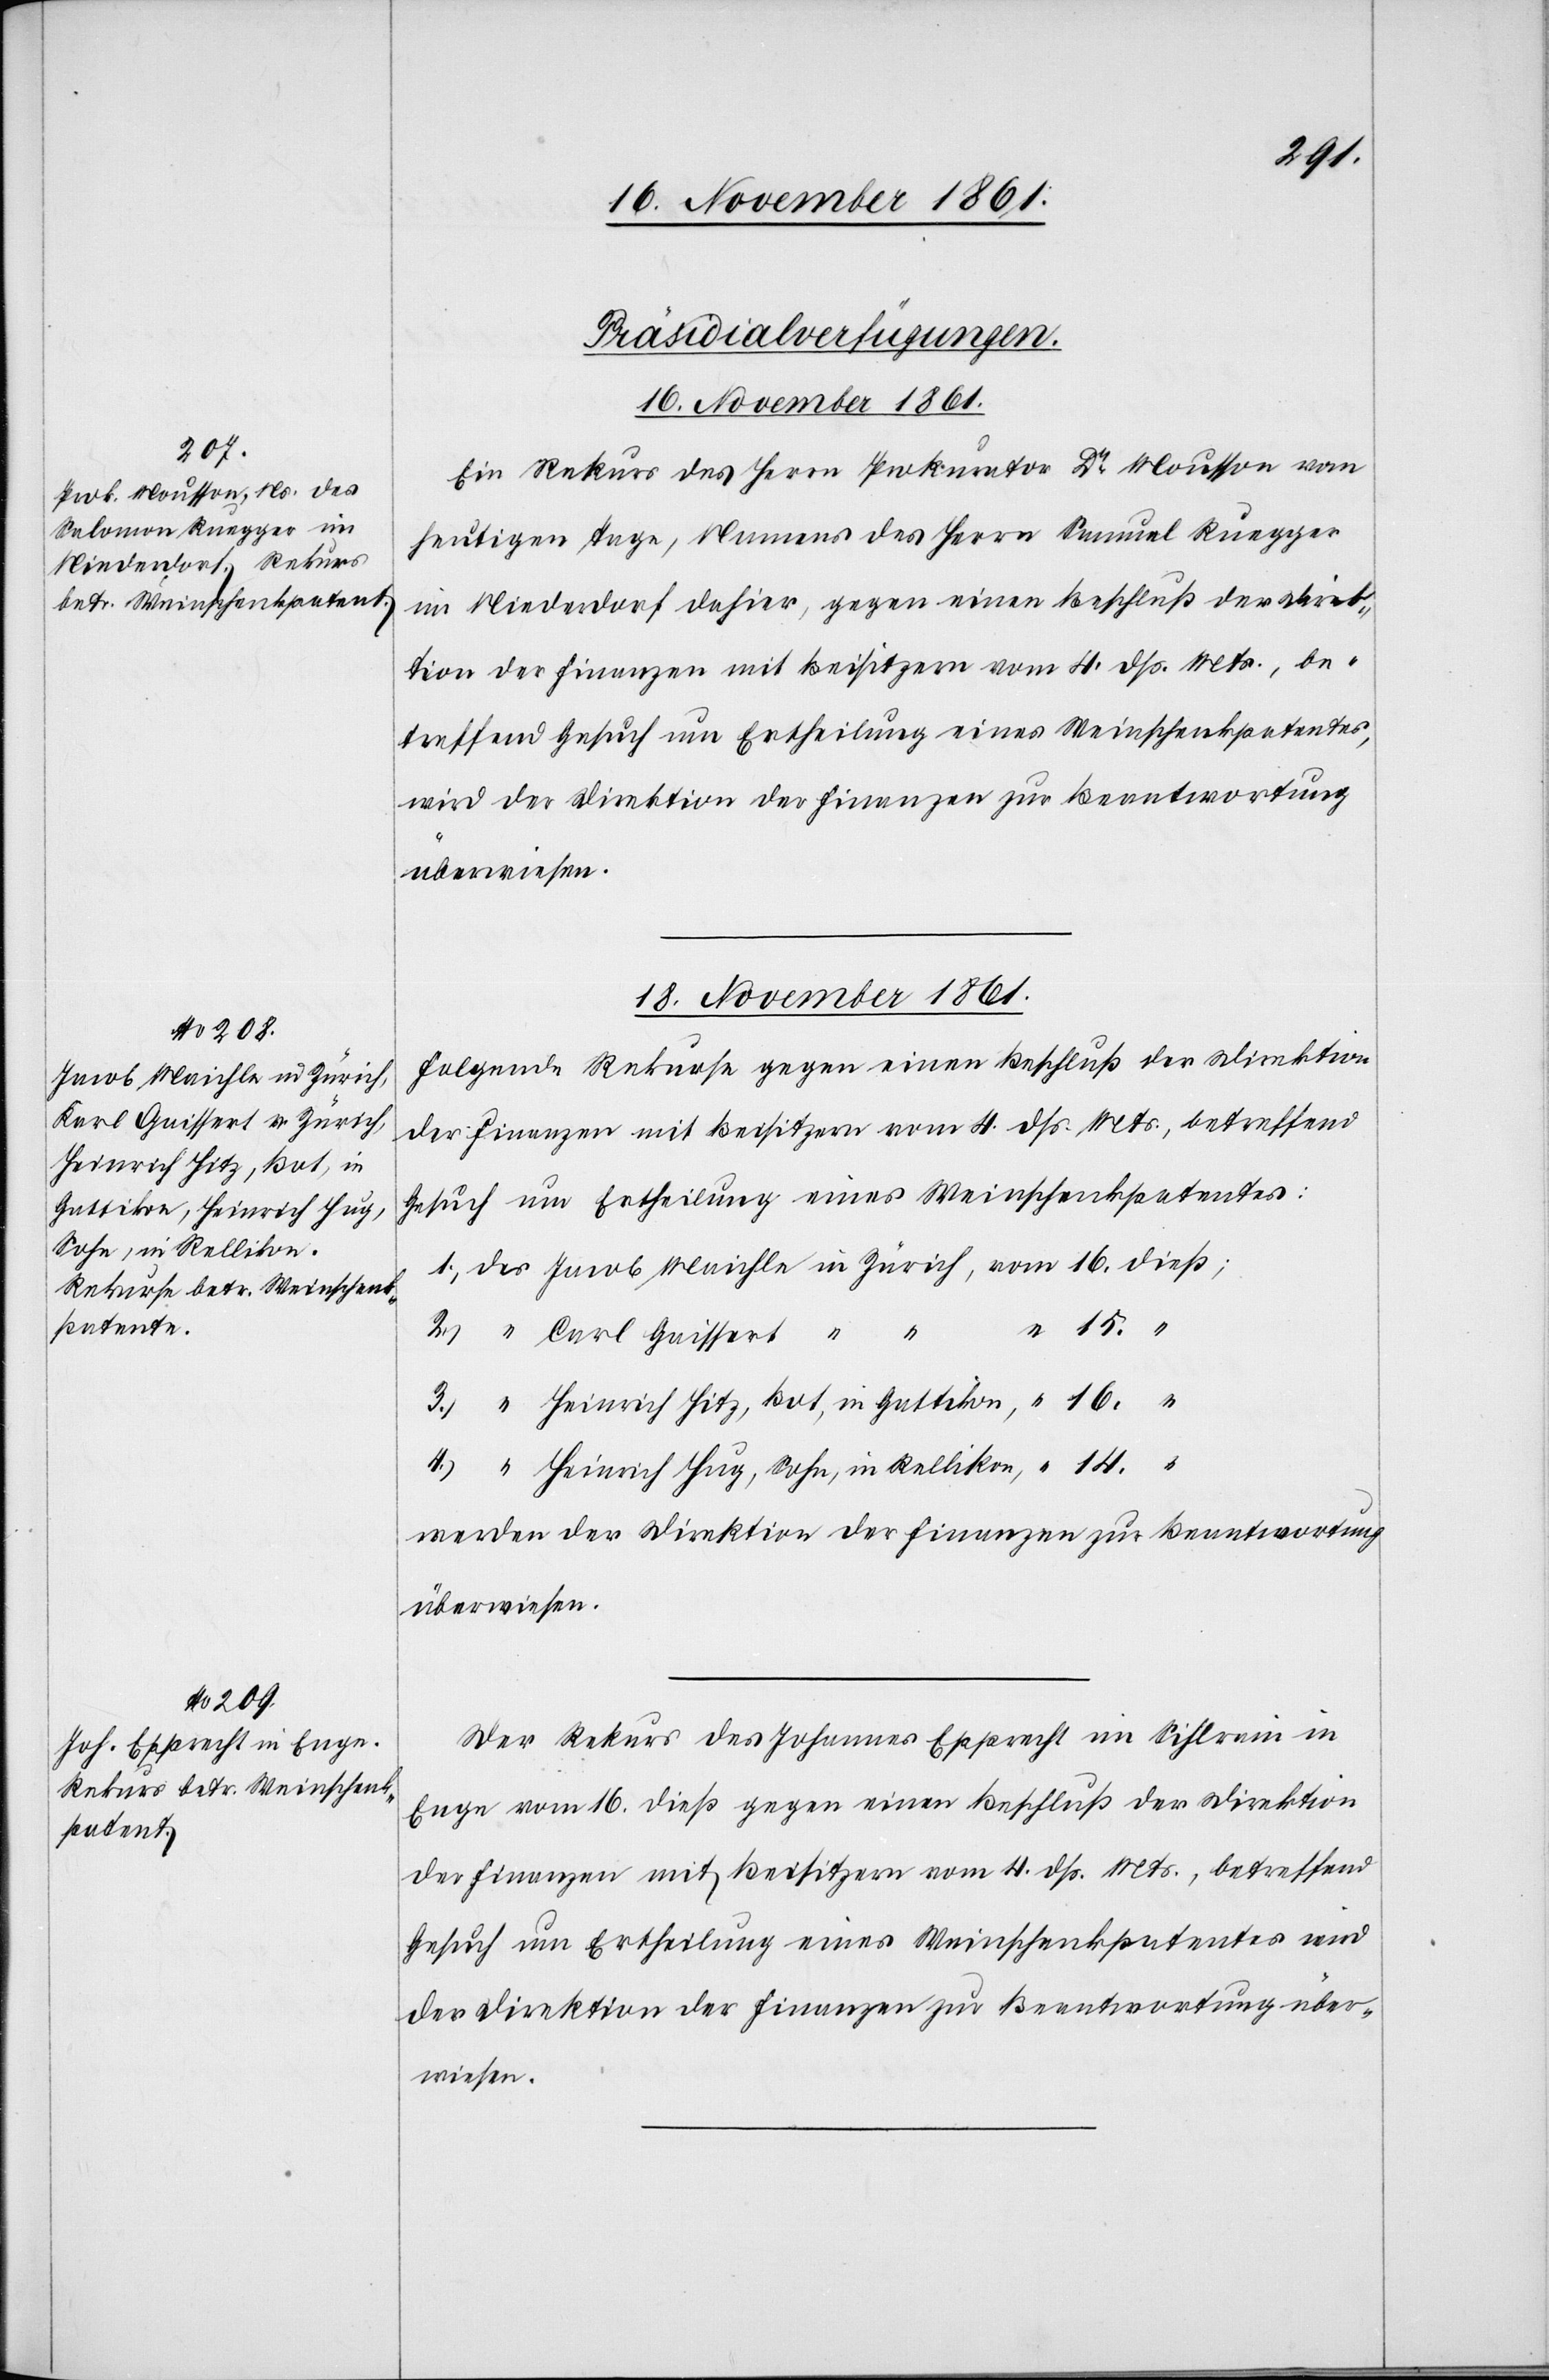
“ 15.
[Präsidial-Verfügungen.
16 November 1861.
Ein Rekurs des Herrn Prokurator Dr Mousson vom
heutigen Tage, Namens des Herrn Samuel [sic!] Ruegger
im Niederdorf dahier, gegen einen Beschluß der Direk¬
tion der Finanzen mit Beisitzern vom 4 dß. Mts, be¬
treffend Gesuch um Ertheilung eines Weinschenkpatentes,
wird der Direktion der Finanzen zur Beantwortung
überwiesen.
18 November 1861.]
Folgende Rekurse gegen einen Beschluß der Direktion
der Finanzen mit Beisitzern vom 4 dß. Mts., betreffend
Gesuch um Ertheilung eines Weinschenkpatentes
1.) des Jacob Maichle in Zürich, 	vom 16 dieß;
2.) “ Carl Gaissert “
3.) “ Heinrich Hitz, Bot, in Gattikon, 	 “ 16. “
4.) “ Heinrich Hug, Sohn, in Rellikon,	 “ 14.
werden der Direktion der Finanzen zur Beantwortung
überwiesen.
Der Rekurs des Johannes Epprecht im Sihlrain in
Enge vom 16 dieß gegen einen Beschluß der Direktion
der Finanzen mit Beisitzern vom 4 dß. Mts., betreffend